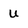
Character: u